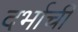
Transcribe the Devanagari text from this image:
दर्भाची